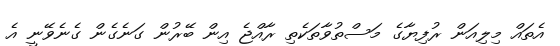
އެތައް މިލިއަން ރުފިޔާގެ މަސްތުވާތަކެތި ރާއްޖެ އިން ބޭރުން ގަނެގެން ގެނެވޭނީ އެ